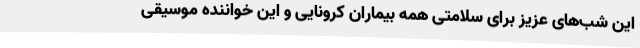
این شب‌های عزیز برای سلامتی همه بیماران کرونایی و این خواننده موسیقی